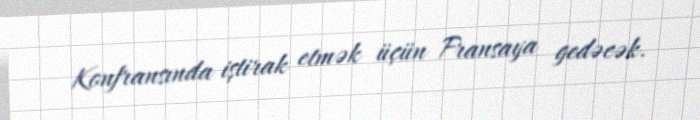
Konfransında iştirak etmək üçün Fransaya gedəcək.